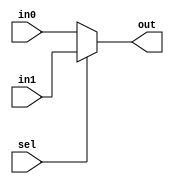
`timescale 1ns / 1ps
//////////////////////////////////////////////////////////////////////////////////
// Company: 
// Engineer: 
// 
// Design Name: 
// Module Name:    multiplexador 
// Project Name: 
// Target Devices: 
// Tool versions: 
// Description: 
//
// Dependencies: 
//
// Revision: 
// Revision 0.01 - File Created
// Additional Comments: 
//
//////////////////////////////////////////////////////////////////////////////////
module multiplexador(
	 sel,
	 in0,
	 in1, 
	 out
    );
	 
	 input sel; 
	 input  in0;
	 input  in1; 
	 output reg  out; 
	 
	 always @(sel, in0, in1) begin
		if (sel == 0) begin
			out <= in0; 
		end else begin 
			out <= in1; 
	 end 
	 end
endmodule